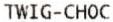
TWIG-CHOC